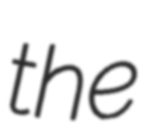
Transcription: the